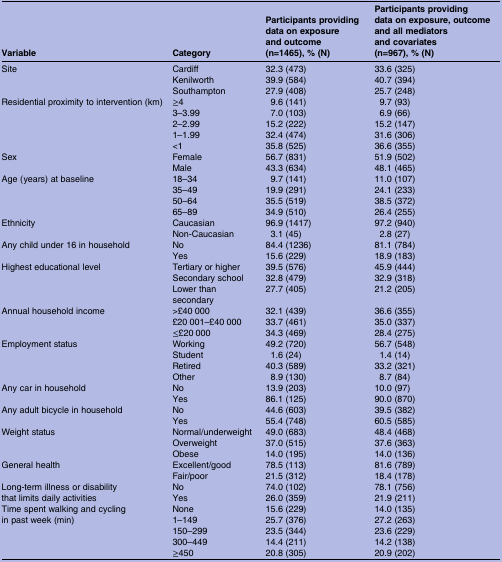
<table><thead><tr><td><b>Variable</b></td><td><b>Category</b></td><td><b>Participants providing data on exposure and outcome (n=1465), % (N)</b></td><td><b>Participants providing data on exposure, outcome and all mediators and covariates(n=967), % (N)</b></td></tr></thead><tbody><tr><td rowspan="3">Site</td><td>Cardiff</td><td>32.3 (473)</td><td>33.6 (325)</td></tr><tr><td>Kenilworth</td><td>39.9 (584)</td><td>40.7 (394)</td></tr><tr><td>Southampton</td><td>27.9 (408)</td><td>25.7 (248)</td></tr><tr><td rowspan="5">Residential proximity to intervention (km)</td><td>≥4</td><td>9.6 (141)</td><td>9.7 (93)</td></tr><tr><td>3–3.99</td><td>7.0 (103)</td><td>6.9 (66)</td></tr><tr><td>2–2.99</td><td>15.2 (222)</td><td>15.2 (147)</td></tr><tr><td>1–1.99</td><td>32.4 (474)</td><td>31.6 (306)</td></tr><tr><td>&lt;1</td><td>35.8 (525)</td><td>36.6 (355)</td></tr><tr><td rowspan="2">Sex</td><td>Female</td><td>56.7 (831)</td><td>51.9 (502)</td></tr><tr><td>Male</td><td>43.3 (634)</td><td>48.1 (465)</td></tr><tr><td rowspan="4">Age (years) at baseline</td><td>18–34</td><td>9.7 (141)</td><td>11.0 (107)</td></tr><tr><td>35–49</td><td>19.9 (291)</td><td>24.1 (233)</td></tr><tr><td>50–64</td><td>35.5 (519)</td><td>38.5 (372)</td></tr><tr><td>65–89</td><td>34.9 (510)</td><td>26.4 (255)</td></tr><tr><td rowspan="2">Ethnicity</td><td>Caucasian</td><td>96.9 (1417)</td><td>97.2 (940)</td></tr><tr><td>Non-Caucasian</td><td>3.1 (45)</td><td>2.8 (27)</td></tr><tr><td rowspan="2">Any child under 16 in household</td><td>No</td><td>84.4 (1236)</td><td>81.1 (784)</td></tr><tr><td>Yes</td><td>15.6 (229)</td><td>18.9 (183)</td></tr><tr><td rowspan="3">Highest educational level</td><td>Tertiary or higher</td><td>39.5 (576)</td><td>45.9 (444)</td></tr><tr><td>Secondary school</td><td>32.8 (479)</td><td>32.9 (318)</td></tr><tr><td>Lower than secondary</td><td>27.7 (405)</td><td>21.2 (205)</td></tr><tr><td rowspan="3">Annual household income</td><td>&gt;£40 000</td><td>32.1 (439)</td><td>36.6 (355)</td></tr><tr><td>£20 001–£40 000</td><td>33.7 (461)</td><td>35.0 (337)</td></tr><tr><td>≤£20 000</td><td>34.3 (469)</td><td>28.4 (275)</td></tr><tr><td rowspan="4">Employment status</td><td>Working</td><td>49.2 (720)</td><td>56.7 (548)</td></tr><tr><td>Student</td><td>1.6 (24)</td><td>1.4 (14)</td></tr><tr><td>Retired</td><td>40.3 (589)</td><td>33.2 (321)</td></tr><tr><td>Other</td><td>8.9 (130)</td><td>8.7 (84)</td></tr><tr><td rowspan="2">Any car in household</td><td>No</td><td>13.9 (203)</td><td>10.0 (97)</td></tr><tr><td>Yes</td><td>86.1 (125)</td><td>90.0 (870)</td></tr><tr><td rowspan="2">Any adult bicycle in household</td><td>No</td><td>44.6 (603)</td><td>39.5 (382)</td></tr><tr><td>Yes</td><td>55.4 (748)</td><td>60.5 (585)</td></tr><tr><td rowspan="3">Weight status</td><td>Normal/underweight</td><td>49.0 (683)</td><td>48.4 (468)</td></tr><tr><td>Overweight</td><td>37.0 (515)</td><td>37.6 (363)</td></tr><tr><td>Obese</td><td>14.0 (195)</td><td>14.0 (136)</td></tr><tr><td rowspan="2">General health</td><td>Excellent/good</td><td>78.5 (113)</td><td>81.6 (789)</td></tr><tr><td>Fair/poor</td><td>21.5 (312)</td><td>18.4 (178)</td></tr><tr><td rowspan="2">Long-term illness or disability that limits daily activities</td><td>No</td><td>74.0 (102)</td><td>78.1 (756)</td></tr><tr><td>Yes</td><td>26.0 (359)</td><td>21.9 (211)</td></tr><tr><td rowspan="5">Time spent walking and cycling in past week (min)</td><td>None</td><td>15.6 (229)</td><td>14.0 (135)</td></tr><tr><td>1–149</td><td>25.7 (376)</td><td>27.2 (263)</td></tr><tr><td>150–299</td><td>23.5 (344)</td><td>23.6 (229)</td></tr><tr><td>300–449</td><td>14.4 (211)</td><td>14.2 (138)</td></tr><tr><td>≥450</td><td>20.8 (305)</td><td>20.9 (202)</td></tr></tbody></table>